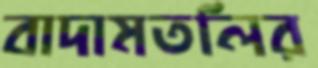
বাদামতলির